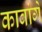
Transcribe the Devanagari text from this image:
काबांगे